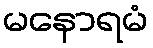
မနောရမံ